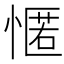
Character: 㥾